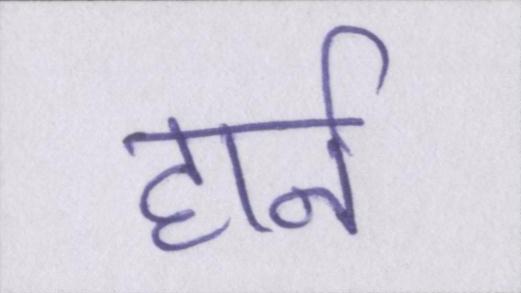
हार्न